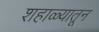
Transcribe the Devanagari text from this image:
शहाळ्यातून